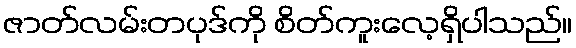
ဇာတ်လမ်းတပုဒ်ကို စိတ်ကူးလေ့ရှိပါသည်။